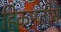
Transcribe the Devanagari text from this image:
हिकमतीने